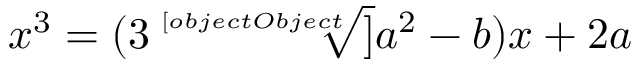
x ^ { 3 } = ( 3 { \sqrt [ [object Object] ] { a ^ { 2 } - b } } ) x + 2 a